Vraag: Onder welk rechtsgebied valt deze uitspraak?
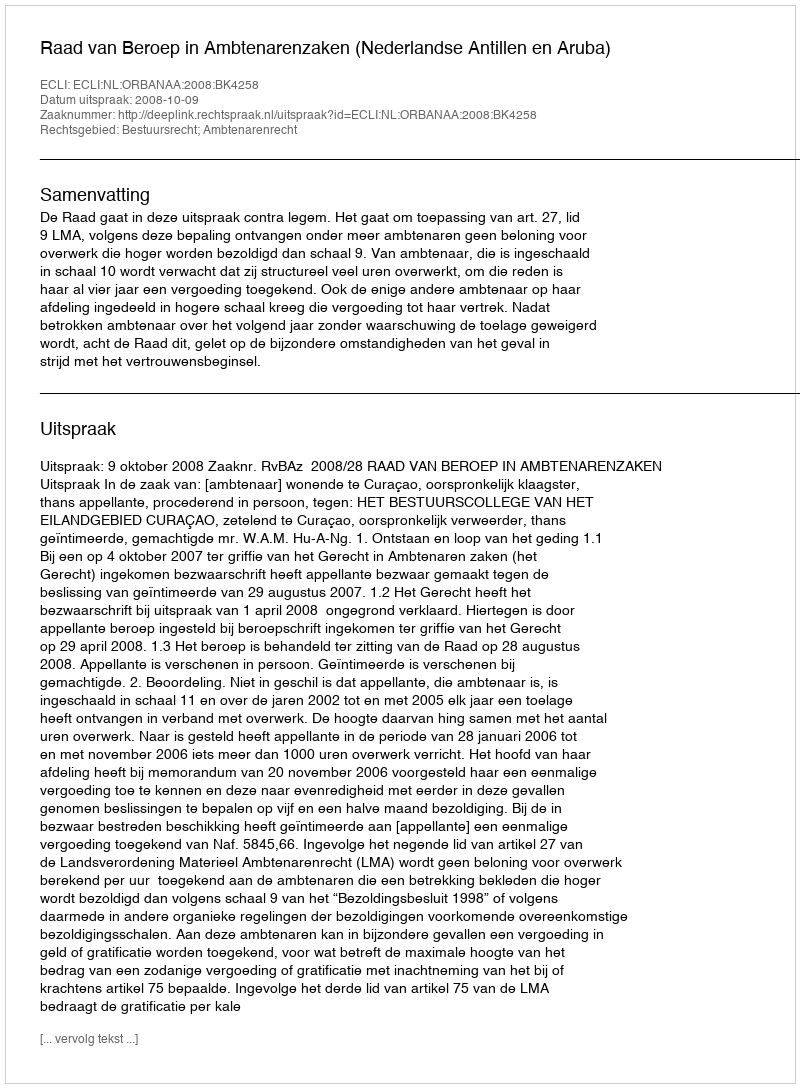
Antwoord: Bestuursrecht; Ambtenarenrecht